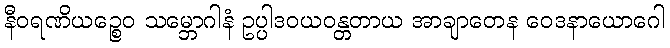
နီဝရဏိယဉ္စေဝ သမ္ဘောဂါနံ ဥပ္ပါဒဝယဝန္တတာယ အာချာတေန ဝေဒနာယောဂေါ